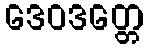
ဒေဝဒတ္တေ